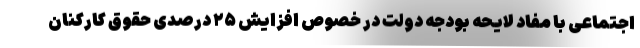
اجتماعی با مفاد لایحه بودجه دولت در خصوص افزایش ۲۵ درصدی حقوق کارکنان